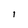
Character: I